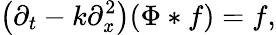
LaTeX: \left(\partial_{t}-k\partial_{\mathit{x}}^{2}\right)(\Phi*f)=f,